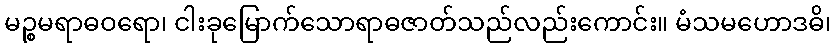
မဉ္စမရာဓဝရော၊ ငါးခုမြောက်သောရာဓဇာတ်သည်လည်းကောင်း။ မံသမဟောဒဓိ၊